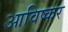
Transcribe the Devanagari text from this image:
आविष्कर